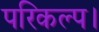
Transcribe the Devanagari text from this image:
परिकल्प।